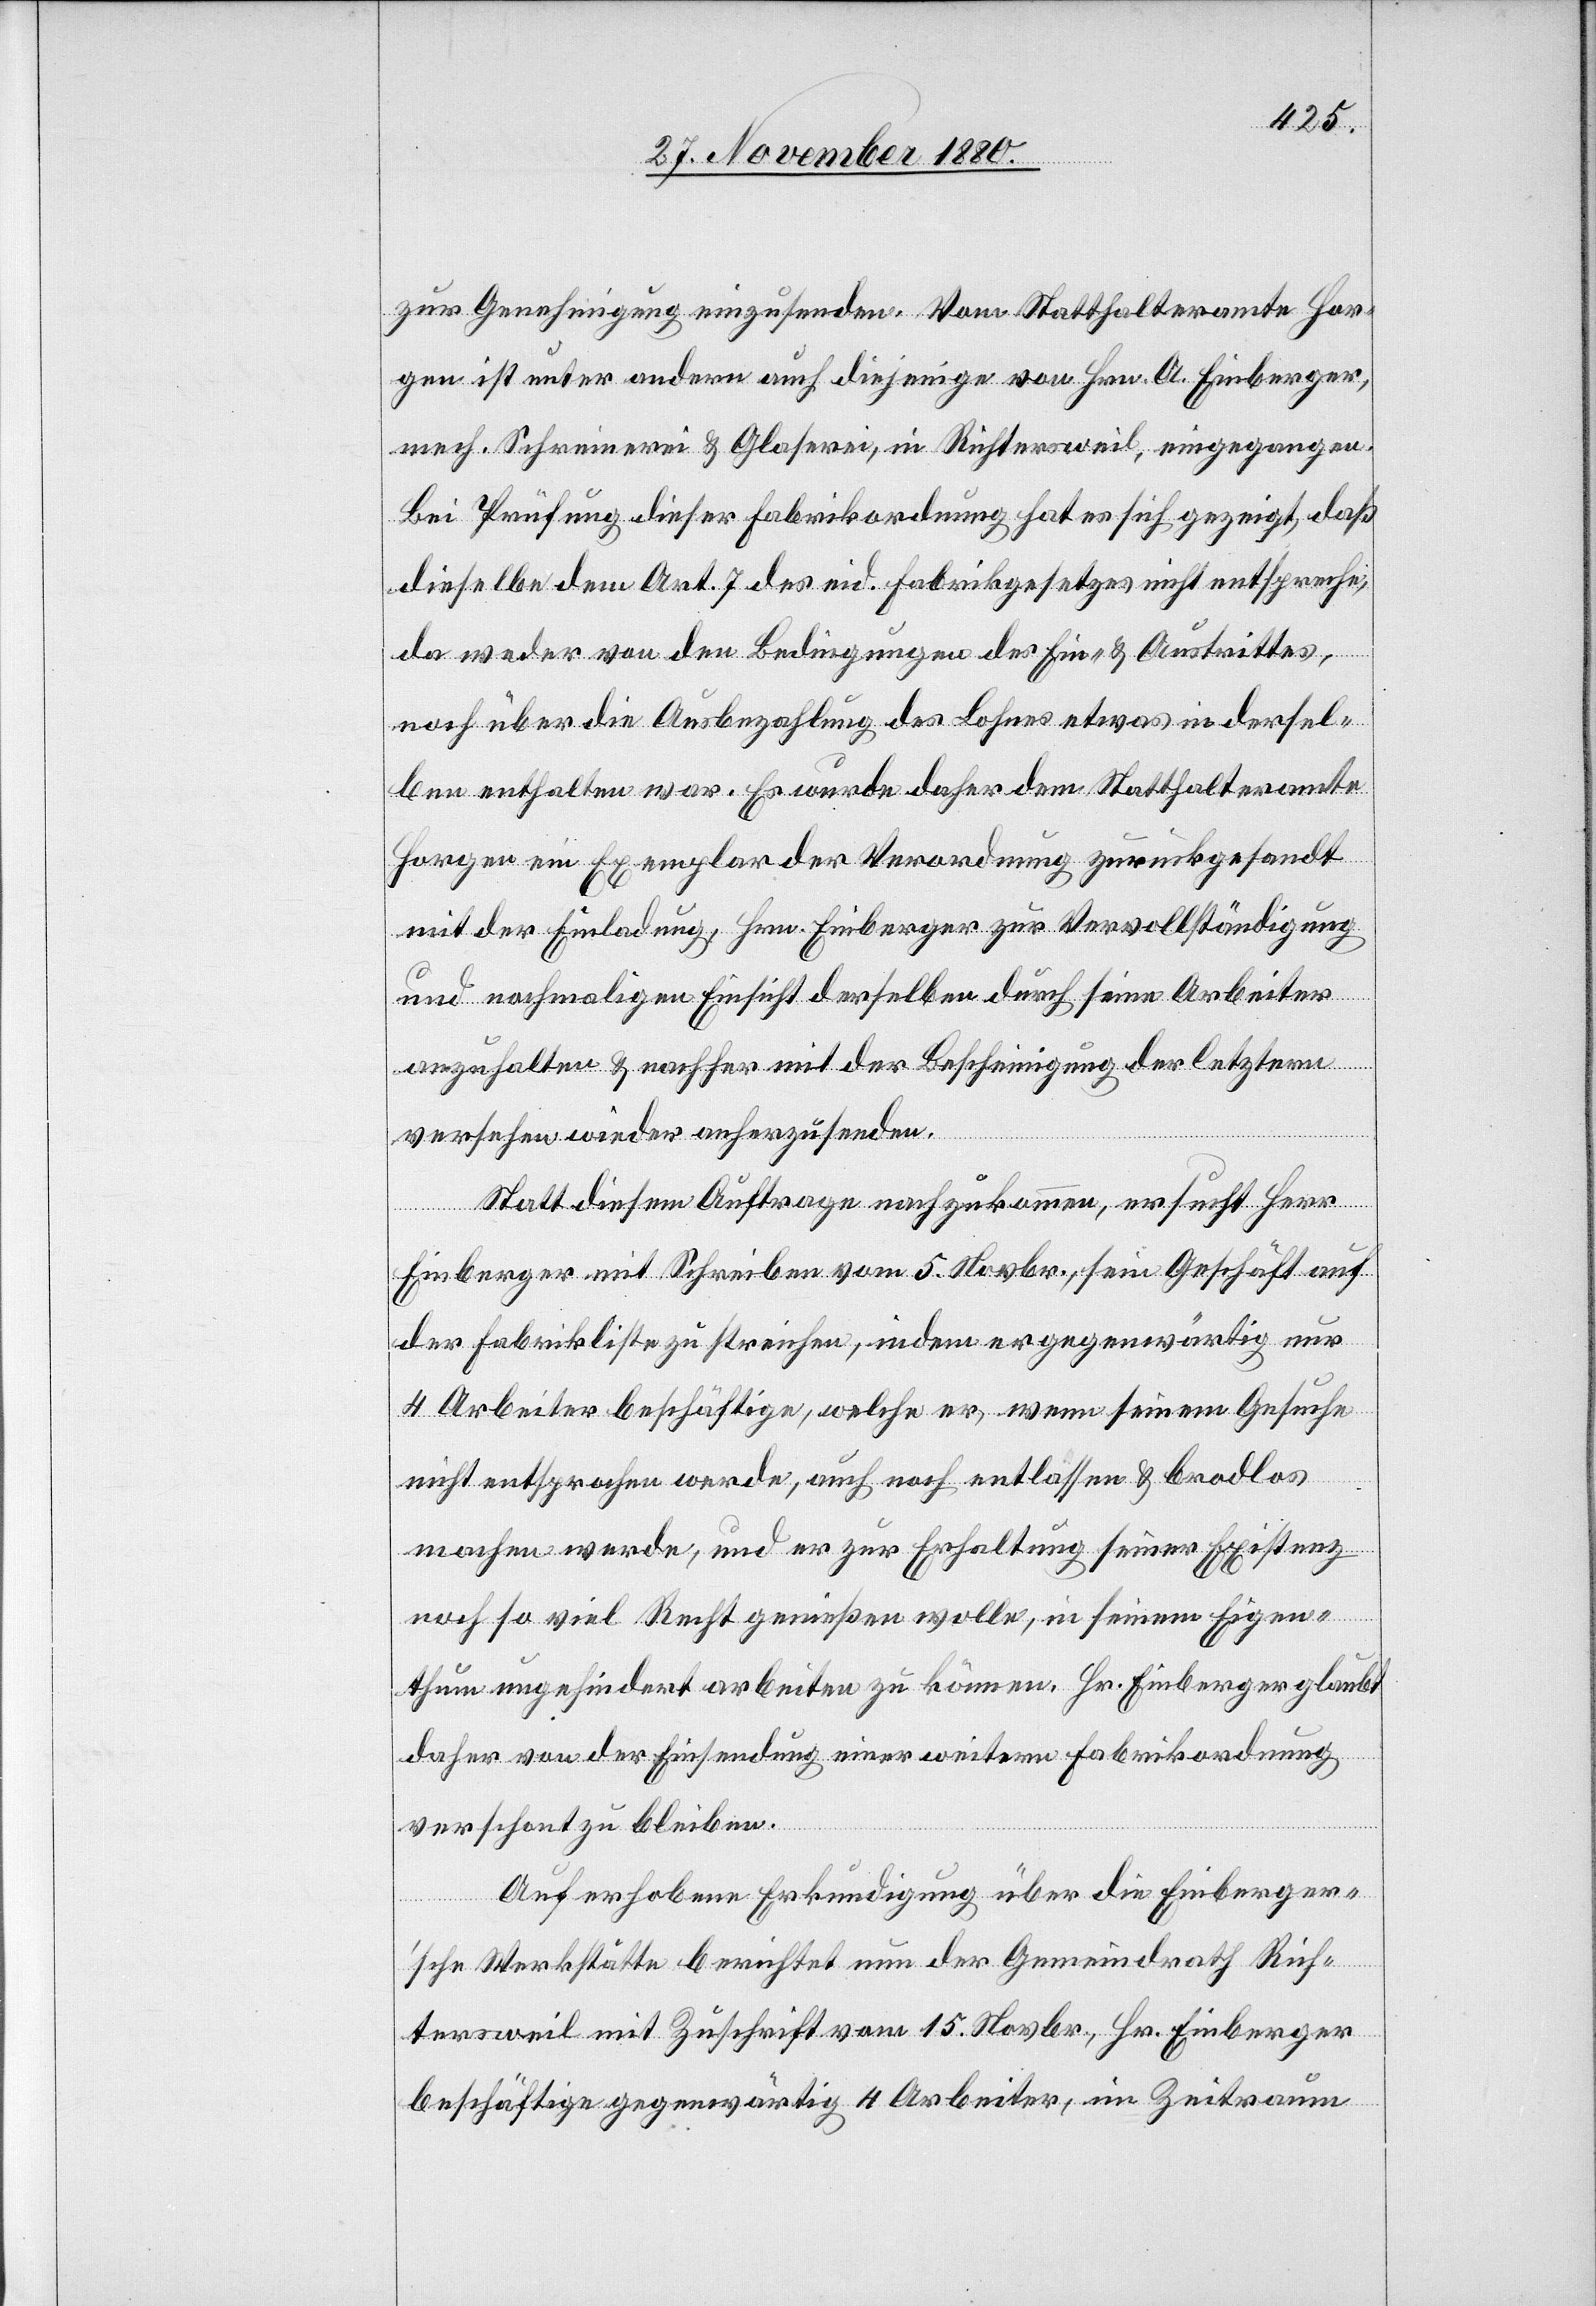
zur Genehmigung einzusenden. Vom Statthalteramte Hor¬
gen ist unter andern auch diejenige von Hrn. A. Einberger,
mech. Schreinerei & Glaserei, in Richtersweil, eingegangen.
Bei Prüfung dieser Fabrikordnung hat es sich gezeigt, daß
dieselbe dem Art. 7 des eid. Fabrikgesetzes nicht entspreche,
da weder von den Bedingungen des Ein- & Austrittes,
noch über die Ausbezahlung des Lohnes etwas in dersel¬
ben enthalten war. Es wurde daher dem Statthalteramte
Horgen ein Exemplar der Verordnung zurückgesandt
mit der Einladung, Hrn. Einberger zur Vervollständigung
und nochmaligen Einsicht derselben durch seine Arbeiter
anzuhalten & nachher mit der Bescheinigung der letztern
versehen wieder anherzusenden.
Statt diesem Auftrage nachzukommen, ersucht Herr
Einberger mit Schreiben vom 5. Novbr., sein Geschäft auf
der Fabrikliste zu streichen, indem er gegenwärtig nur
4 Arbeiter beschäftige, welche er, wenn seinem Gesuche
nicht entsprochen werde, auch noch entlassen & brodlos
machen werde, und er zur Erhaltung seiner Existenz
noch so viel Recht genießen wolle, in seinem Eigen¬
thum ungehindert arbeiten zu können. Hr. Einberger glaubt
daher von der Einsendung einer weitern Fabrikordnung
verschont zu bleiben.
Auf erhobene Erkundigung über die Einberger’s¬
che Werkstätte berichtet nun der Gemeindrath Rich¬
tersweil mit Zuschrift vom 15. Novbr., Hr. Einberger
beschäftige gegenwärtig 4 Arbeiter, im Zeitraum